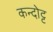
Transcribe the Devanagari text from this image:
कन्दोट्ट